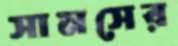
সামসের